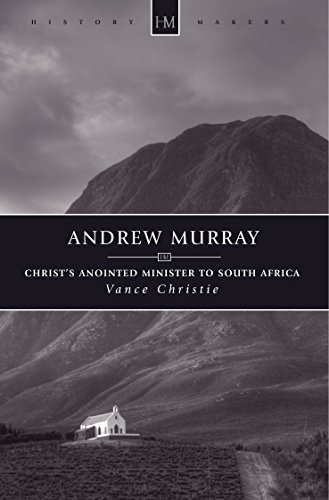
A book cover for Andrew Murray: ChristEEs Anointed Minister to South Africa (History Maker); Vance Christie; Religion & Spirituality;